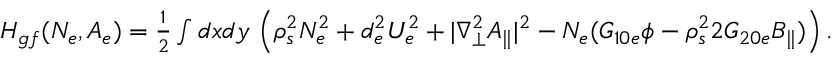
\begin{array} { r l } & { H _ { g f } ( N _ { e } , A _ { e } ) = \frac { 1 } { 2 } \int d x d y \, \left( \rho _ { s } ^ { 2 } N _ { e } ^ { 2 } + d _ { e } ^ { 2 } U _ { e } ^ { 2 } + | \nabla _ { \perp } ^ { 2 } A _ { \parallel } | ^ { 2 } - N _ { e } ( G _ { 1 0 e } \phi - \rho _ { s } ^ { 2 } 2 G _ { 2 0 e } B _ { \parallel } ) \right) . } \end{array}